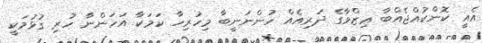
އެއީ ކޮންކުއްޖެއްބާ ޢިޒްވާގެ ދަރިއެއް ހުންނަނީބާ މިހުރިހާ ކަމަކާ އަހަންނާ ހުރި ގުޅުމަކީ